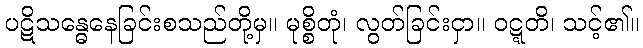
ပဋိသန္ဓေနေခြင်းစသည်တို့မှ။ မုစ္စိတုံ၊ လွတ်ခြင်းငှာ။ ဝဋ္ဋတိ၊ သင့်၏။